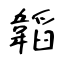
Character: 韜